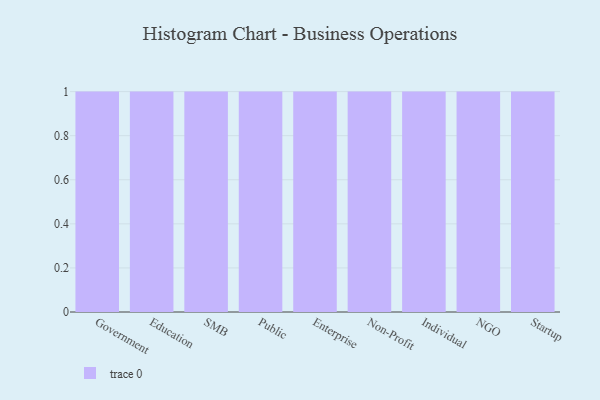
{"axis": {"x": "Segment", "y": "Temperature (°C)"}, "legend": [""], "data": [{"x": "Government", "y": 69, "type": ""}, {"x": "Education", "y": 89, "type": ""}, {"x": "SMB", "y": 88, "type": ""}, {"x": "Public", "y": 62, "type": ""}, {"x": "Enterprise", "y": 27, "type": ""}, {"x": "Non-Profit", "y": 18, "type": ""}, {"x": "Individual", "y": 7, "type": ""}, {"x": "NGO", "y": 57, "type": ""}, {"x": "Startup", "y": 96, "type": ""}]}